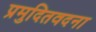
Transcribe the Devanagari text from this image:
प्रमुदितवदना